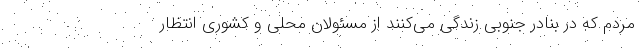
مردم که در بنادر جنوبی زندگی می‌کنند از مسئولان محلی و کشوری انتظار